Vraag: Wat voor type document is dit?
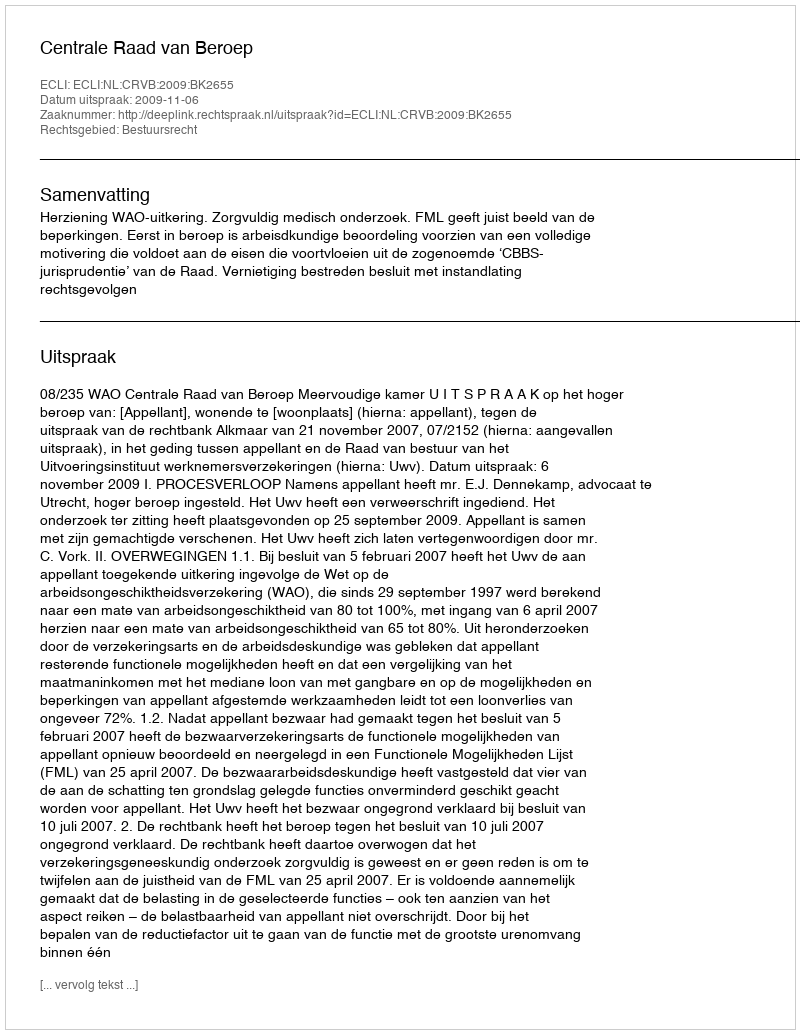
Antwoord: Uitspraak